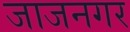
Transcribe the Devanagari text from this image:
जाजनगर